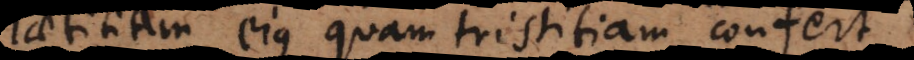
laetitiam ejus quam tristitam